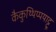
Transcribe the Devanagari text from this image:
कैकुथ्थिप्पयाट्टू